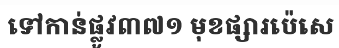
ទៅកាន់ផ្លូវ៣៧១ មុខផ្សារប៉េសេ